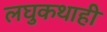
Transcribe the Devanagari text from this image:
लघुकथाही